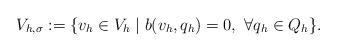
LaTeX: \begin{align*}V_{h,\sigma} := \{ v_h \in V_h \mid b(v_h,q_h) = 0, \ \forall q_h \in Q_h \}.\end{align*}